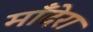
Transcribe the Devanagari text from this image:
माँदेरा